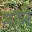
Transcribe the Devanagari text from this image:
सहनै